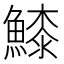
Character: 𩺲